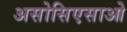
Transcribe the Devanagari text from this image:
असोसिएसाओ